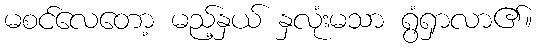
မစင်လေတော့ မည့်နှယ် နှလုံးမသာ ရွံရှာလာ၏။